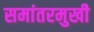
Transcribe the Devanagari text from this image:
समांतरमुखी